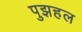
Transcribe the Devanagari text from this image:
पुझहल